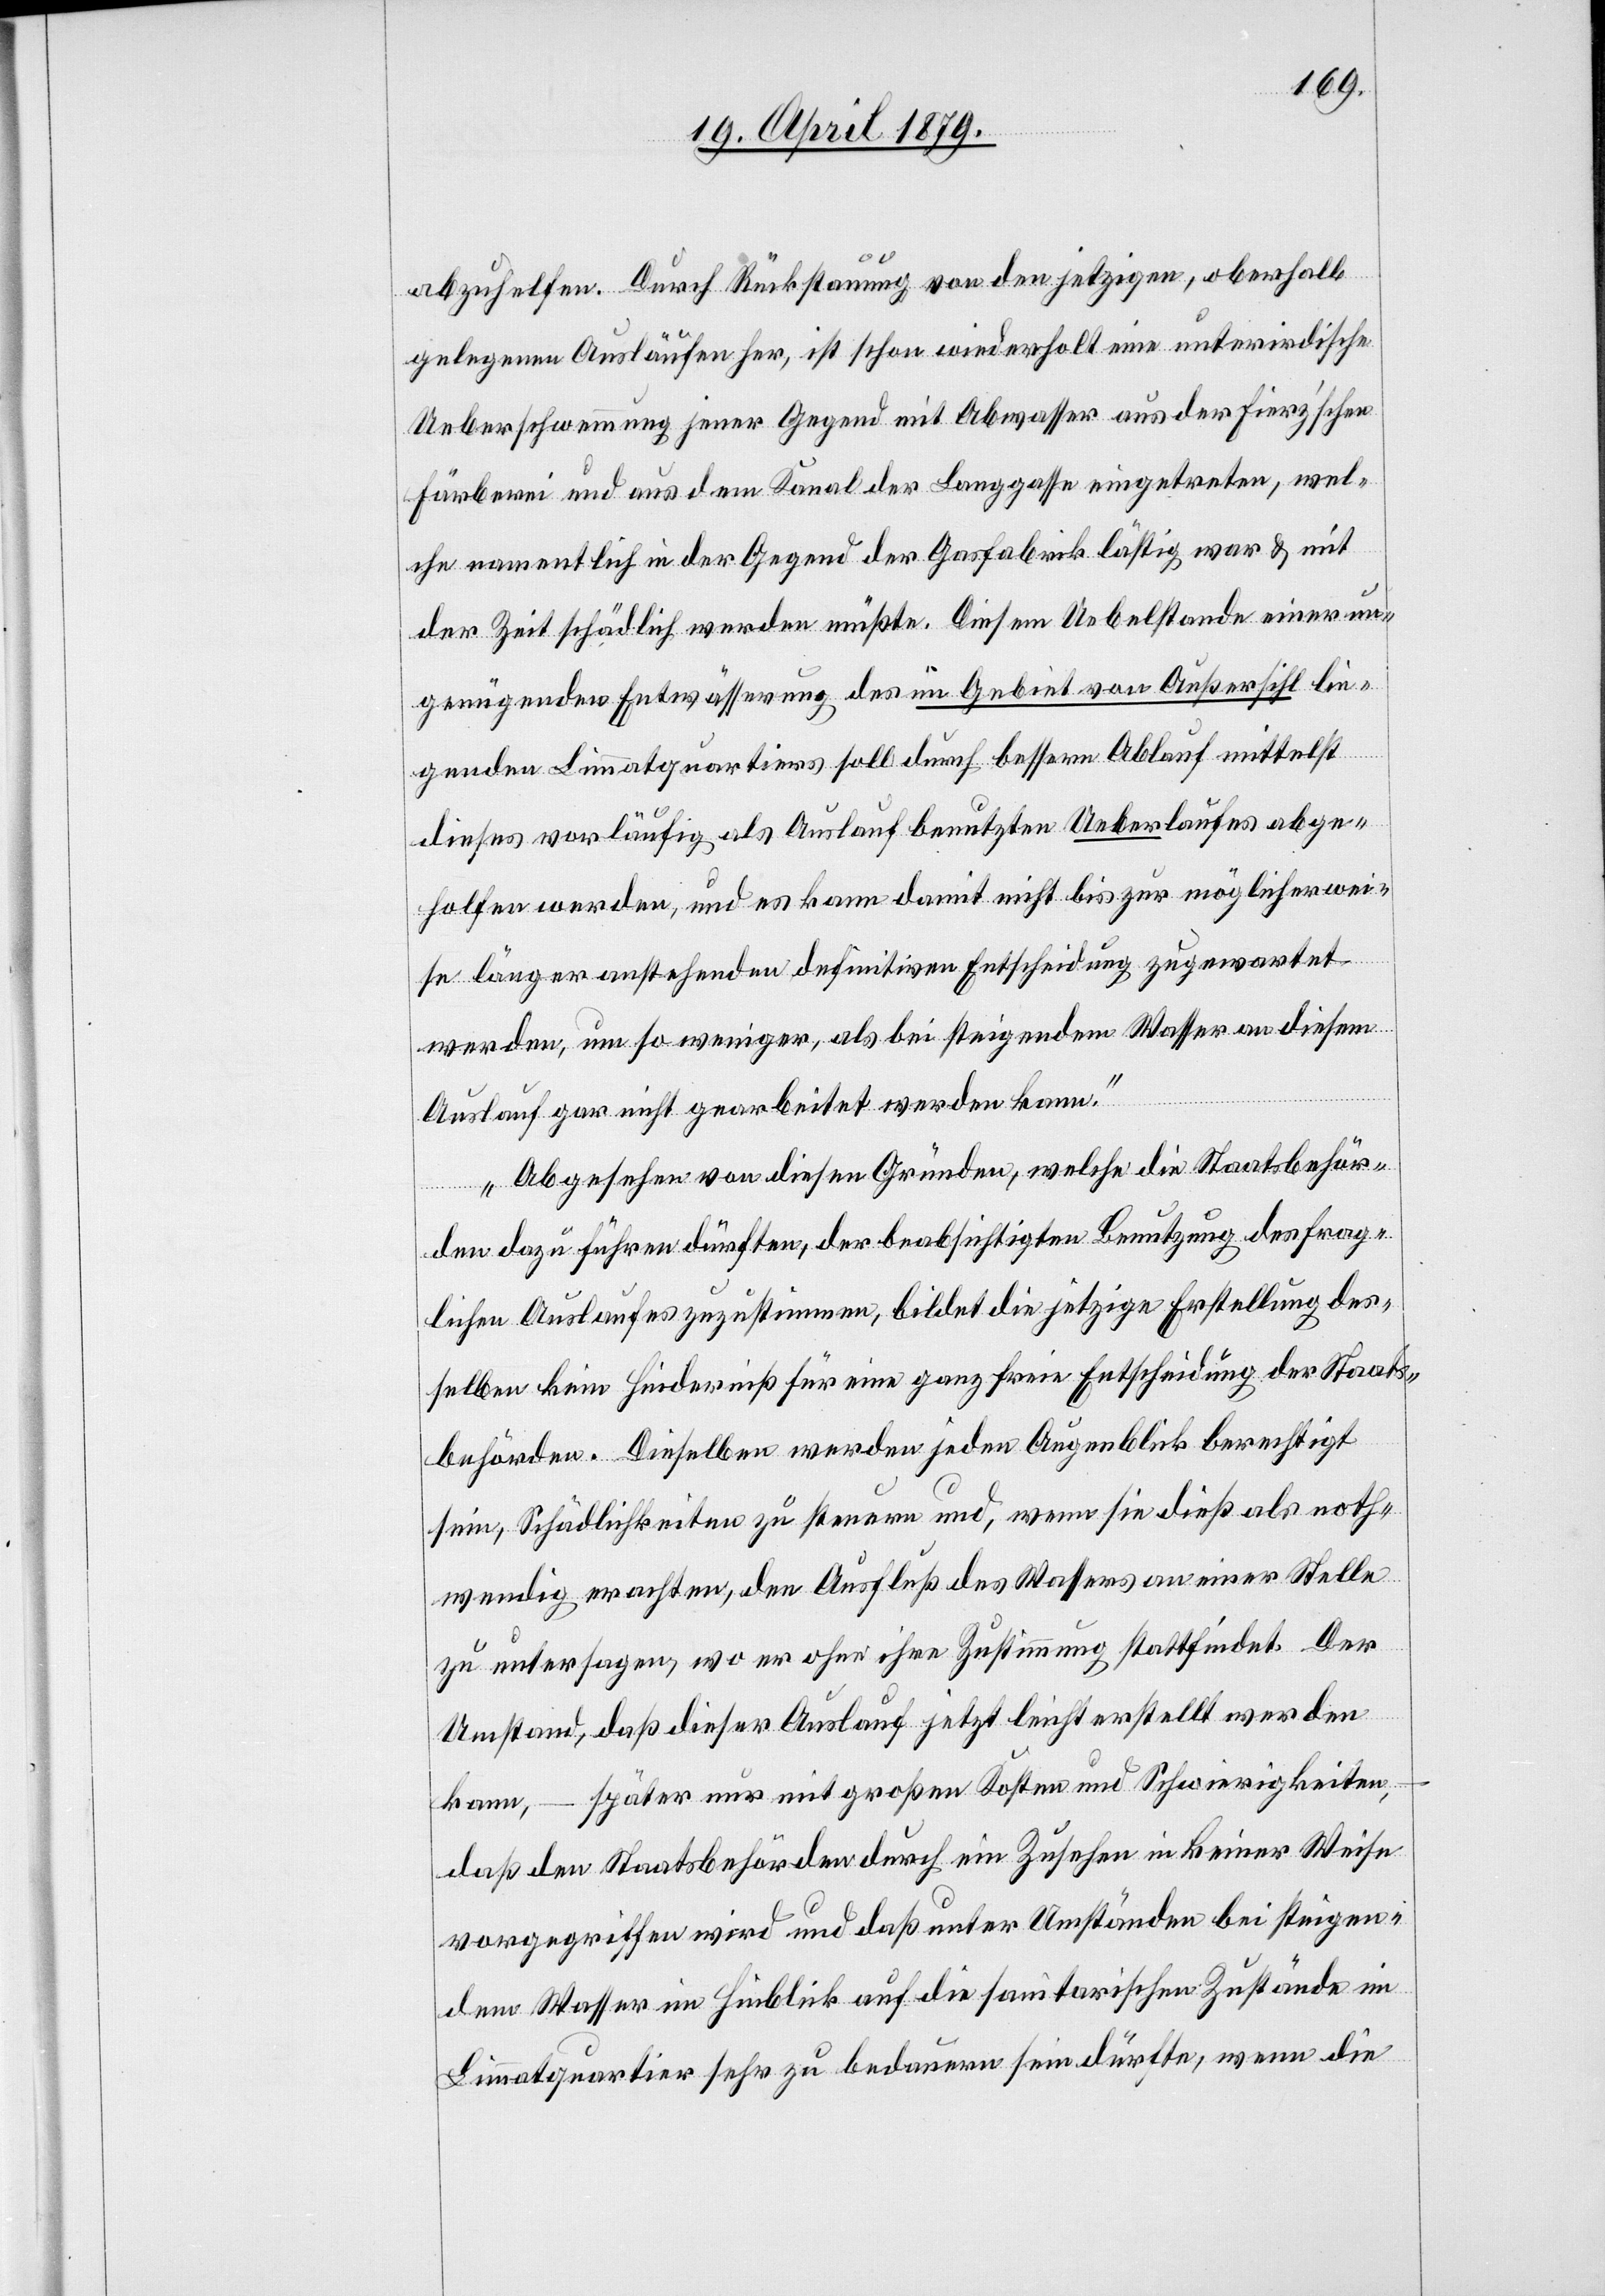
abzuhelfen. Durch Rückstauung von den jetzigen, oberhalb
gelegenen Ausläufen her, ist schon wiederholt eine unterirdische
Ueberschwemmung jener Gegend mit Abwasser aus der Fierz’schen
Färberei und aus dem Kanal der Langgasse eingetreten, wel¬
che namentlich in der Gegend der Gasfabrik lästig war & mit
der Zeit schädlich werden müßte. Diesem Uebelstande einer un¬
genügenden Entwässerung des im Gebiet von Außersihl lie¬
genden Limmatquartiers soll durch bessern Ablauf mittelst
dieses vorläufig als Auslauf benutzten Ueberlaufes abge¬
holfen werden, und es kann damit nicht bis zur möglicherwei¬
se länger anstehenden definitiven Entscheidung zugewartet
werden, um so weniger, als bei steigendem Wasser an diesem
Auslauf gar nicht gearbeitet werden kann.“
„Abgesehen von diesen Gründen, welche die Staatsbehör¬
den dazu führen dürften, der beabsichtigten Benutzung des frag¬
lichen Auslaufes zuzustimmen, bildet die jetzige Erstellung des¬
selben kein Hinderniß für eine ganz freie Entscheidung der Staats¬
behörden. Dieselben werden jeden Augenblick berechtigt
sein, Schädlichkeiten zu steuern und, wenn sie dieß als noth¬
wendig erachten, den Ausfluß des Wassers an einer Stelle
zu untersagen, wo er ohne ihre Zustimmung stattfindet. Der
Umstand, daß dieser Auslauf jetzt leicht erstellt werden
kann, – später nur mit großen Kosten und Schwierigkeiten,
daß den Staatsbehörden durch ein Zusehen in keiner Weise
vorgegriffen wird und daß unter Umständen bei steigen¬
dem Wasser im Hinblick auf die sanitarischen Zustände im
Limmatquartier sehr zu bedauern sein dürfte, wenn die